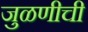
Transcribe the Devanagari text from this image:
जुळणीची